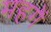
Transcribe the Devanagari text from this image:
महगें